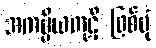
အကပ္ပိယကုဋိ ဖြစ်ပုံ